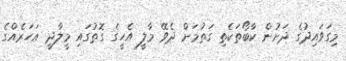
މިގަވައިދުގެ ދަށުން ކާބޯތަކެތި ގަތުމަށް ދެވޭ މާލީ އެހީގެ ގޮތުގައި މީލާދީ އަހަރެއްގެ